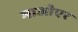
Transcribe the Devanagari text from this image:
माओएर